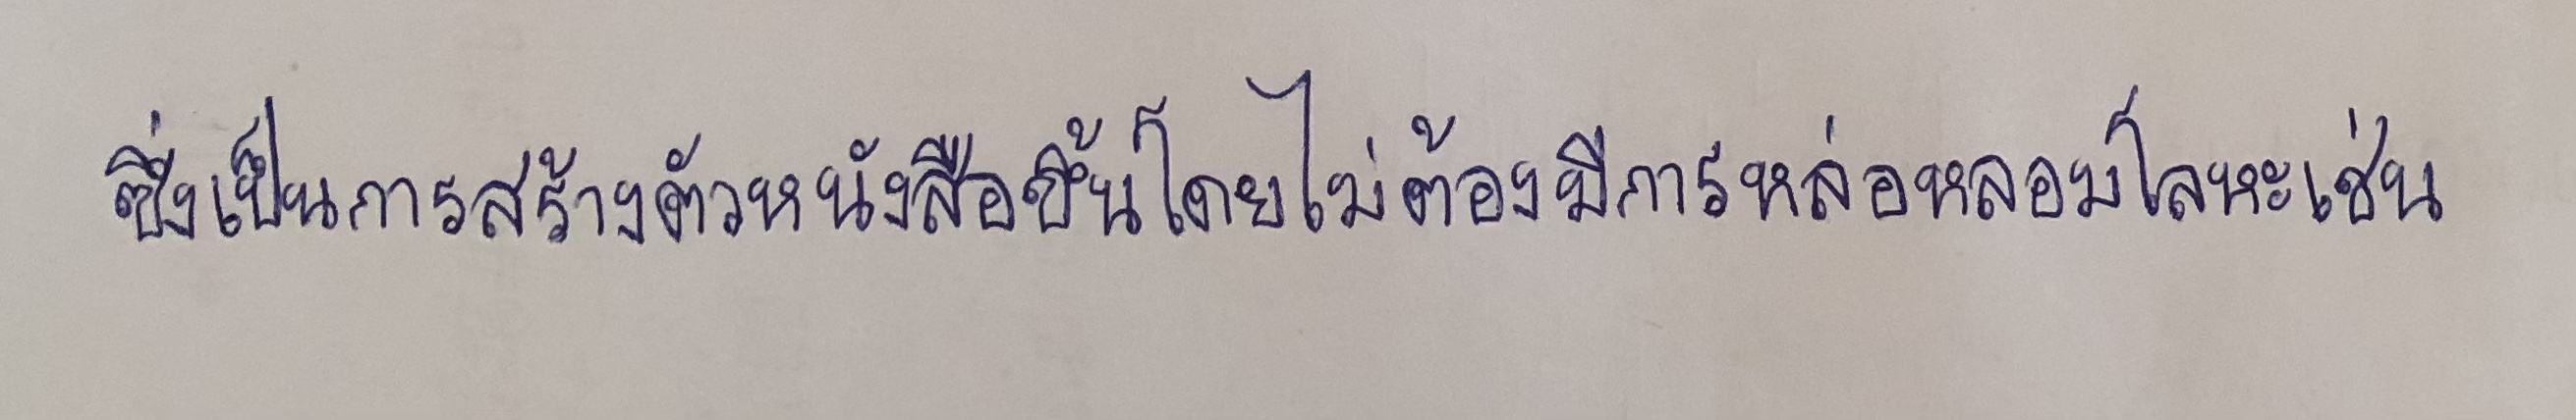
ซึ่งเป็นการสร้างตัวหนังสือขึ้นโดยไม่ต้องมีการหล่อหลอมโลหะเช่น